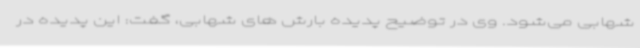
شهابی می‌شود. وی در توضیح پدیده بارش های شهابی، گفت: این پدیده در